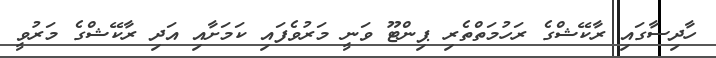
ހާދިސާގައި ރާކޭޝްގެ ރަހުމަތްތެރި ޕިންޓޫ ވަނީ މަރުވެފައި ކަމަށާއި އަދި ރާކޭޝްގެ މަރުވީ